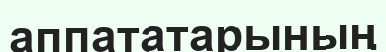
аппататарының